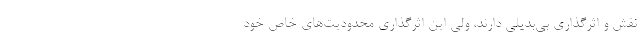
نقش و اثرگذاری بی‌بدیلی دارند، ولی این اثرگذاری محدودیت‌های خاص خود